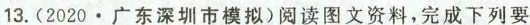
13.(2020.广东深圳市模拟)阅读图文资料，完成下列要